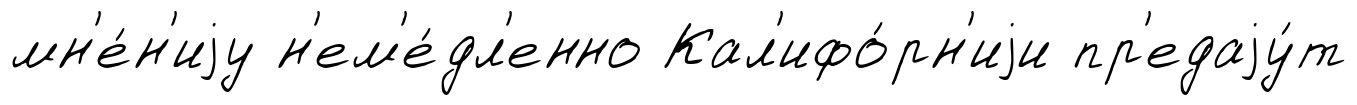
мн'е́н'иjу н'ем'е́дл'енно Кал'ифо́рн'иjи пр'едаjу́т